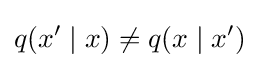
q(x'\mid x)\neq q(x\mid x')